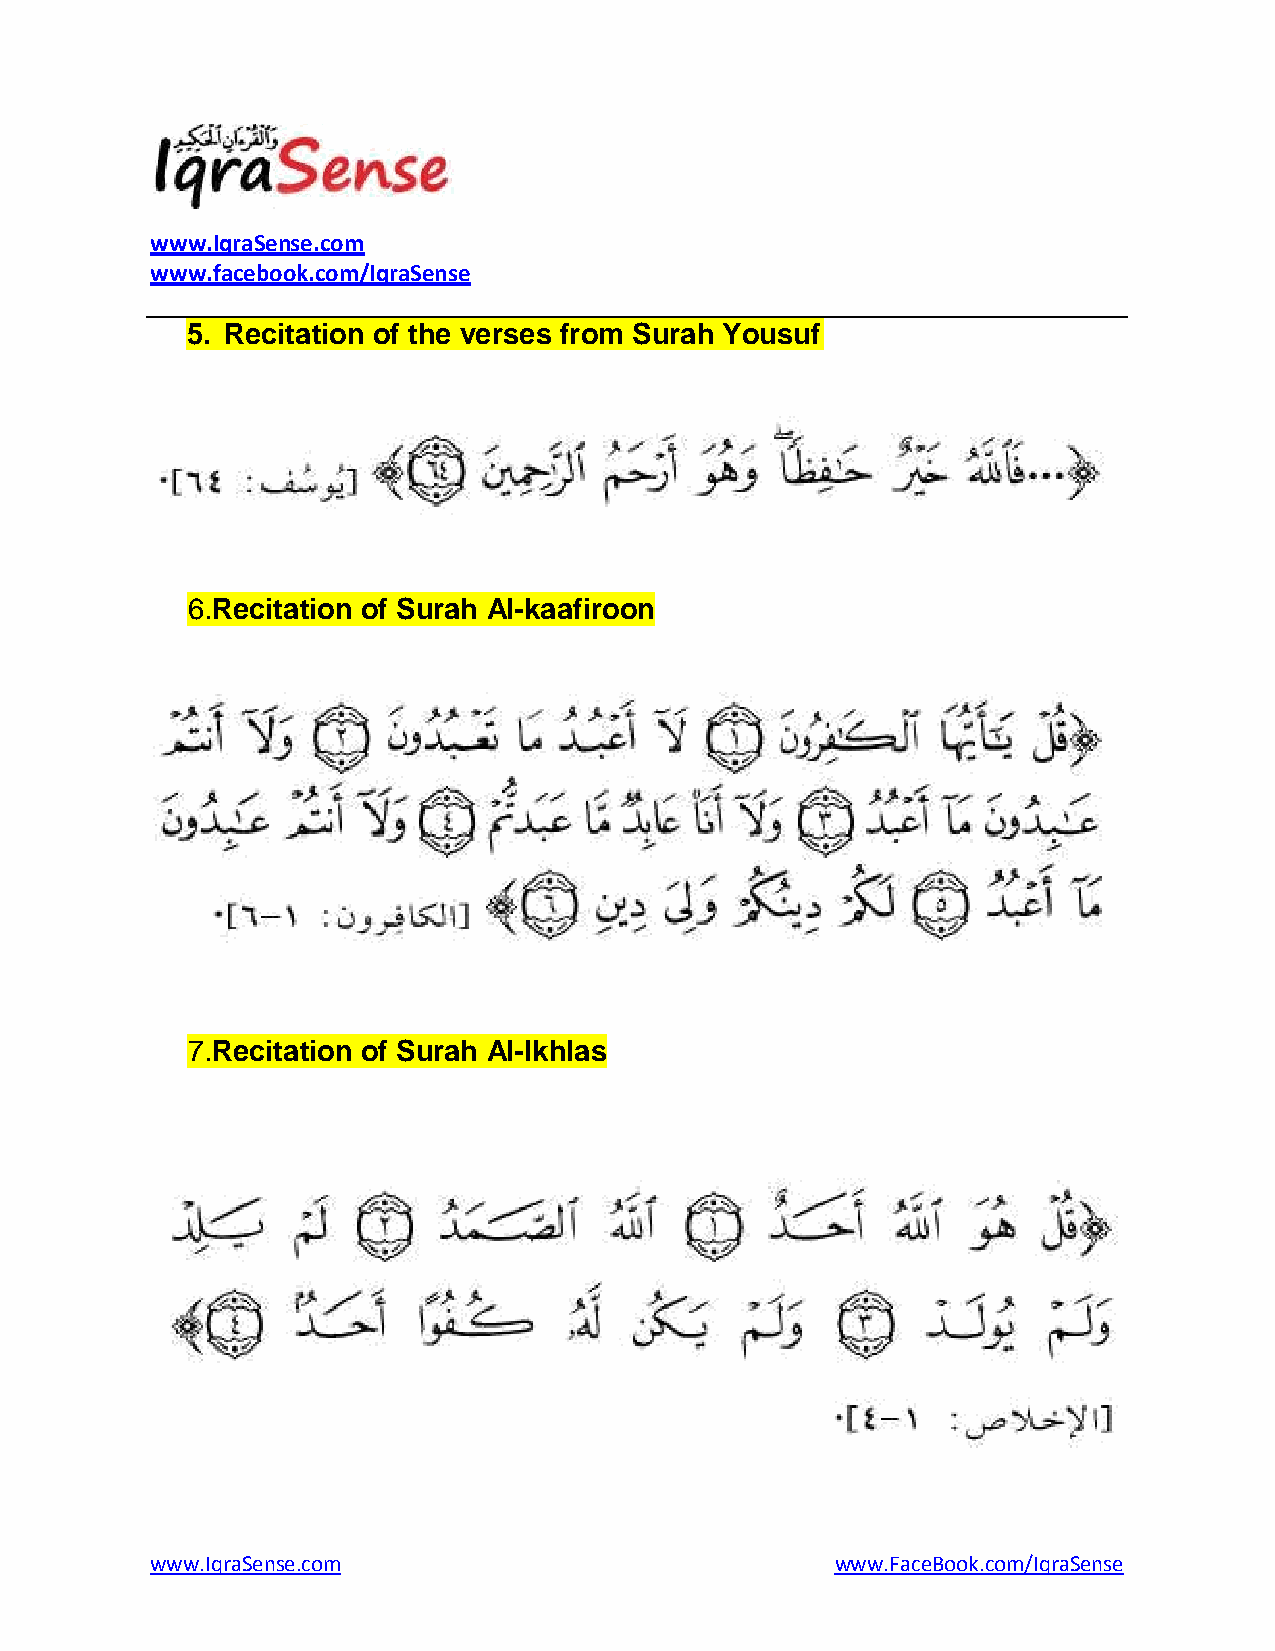
www.IqraSense.com
 www.facebook.com/IqraSense
 5. Recitation of the verses from Surah Yousuf
 6. Recitation of Surah Al-kaafiroon
 7. Recitation of Surah Al-Ikhlas
 www.IqraSense.com                            www.FaceBook.com/IqraSense